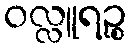
ဝလ္လူရဉ္စ